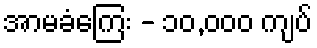
အာမခံကြေး - ၁၀,၀၀၀ ကျပ်